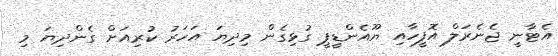
އެޓާނީ ޖެނެރަލް އޮފީހާއި ޔޫއެންޑީޕީ ގުޅިގެން މިދިޔަ އަހަރު ކުރިއަށް ގެންދިޔަ މި